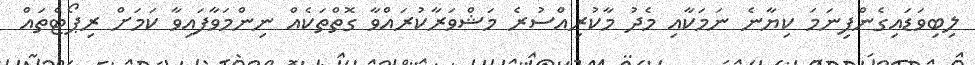
ލިބިވަޑައިގެންފިނަމަ ކިޔާނެ ނަމަކާއި މެދު މާކުރިއްސުރެ މަޝްވަރާކުރައްވާ ގޮތްތަކެއް ނިންމަވާފައިވާ ކަމަށް ރިޕޯޓްތައް